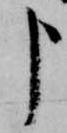
申